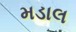
મડાલ